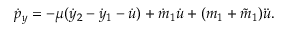
\dot { p } _ { y } = - \mu ( \dot { y } _ { 2 } - \dot { y } _ { 1 } - \dot { u } ) + \dot { m } _ { 1 } \dot { u } + ( m _ { 1 } + \tilde { m } _ { 1 } ) \ddot { u } .